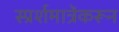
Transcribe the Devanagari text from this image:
स्प्रर्शमात्रेंकरून